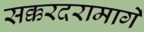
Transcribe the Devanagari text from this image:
सक्करदरामार्गे